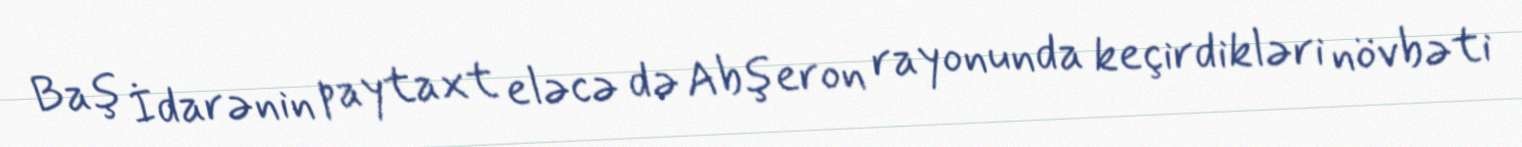
Baş İdarənin paytaxt eləcə də Abşeron rayonunda keçirdikləri növbəti